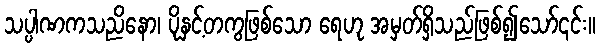
သပ္ပါဏကသညိနော၊ ပိုနှင့်တကွဖြစ်သော ရေဟု အမှတ်ရှိသည်ဖြစ်၍သော်၎င်း။